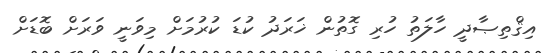
އިޤްތިޞާދީ ހާލަތު ހުރި ގޮތުން ޚަރަދު ކުޑަ ކުރުމަށް މިވަނީ ވަރަށް ބޮޑަށް